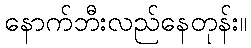
နောက်ဘီးလည်နေတုန်း။